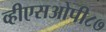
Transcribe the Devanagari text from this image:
व्हीएसओपी८७